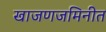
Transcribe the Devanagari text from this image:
खाजणजमिनीत